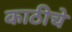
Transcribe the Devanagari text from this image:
काठीचे